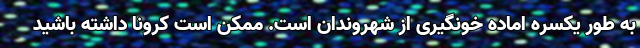
به طور یکسره اماده خونگیری از شهروندان است. ممکن است کرونا داشته باشید